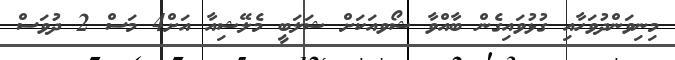
މިނިވަންދުވަހާއި ގުޅުވައިގެން ބާއްވާ ޝޯވއަކަށް ޝަލަބީ މެލޭޝިއާ އަށް4 މަސް 2 ދުވަސް